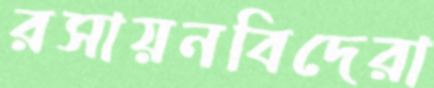
রসায়নবিদেরা